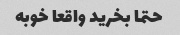
حتما بخرید واقعا خوبه